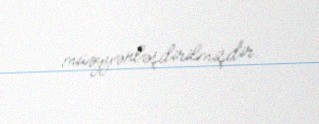
müəyyənləşdirilmişdir.